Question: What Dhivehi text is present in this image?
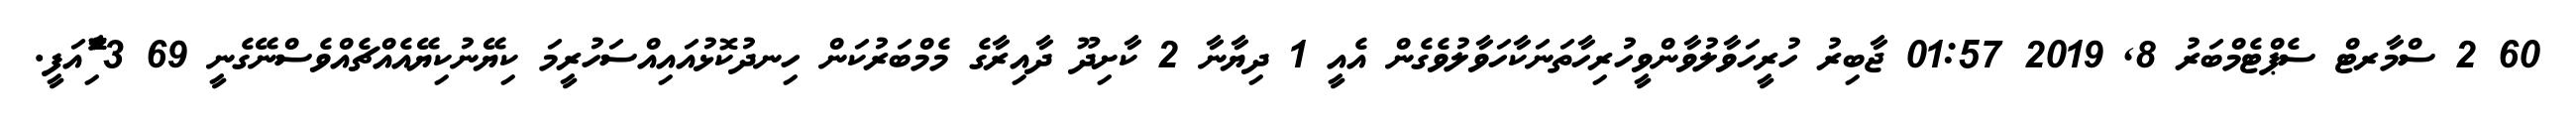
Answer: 60 2 ސްމާރޓް ސެޕްޓެމްބަރު 8, 2019 01:57 ޖާބިރު ހުރީހަވާލުވާންވީހުރިހާތަނަކާހަވާލުވެގެން އެއީ 1 ދިޔާނާ 2 ކާށިދޫ ދާއިރާގެ މެމްބަރުކަން ހިނދުކޮޅުއައިއްސަހުރީމަ ކިޔޭނުކިޔޭއެއްޗެއްވެސްނޭގެނީ 69 3 ާަަަަަެެެޮޮިުއަފީ.